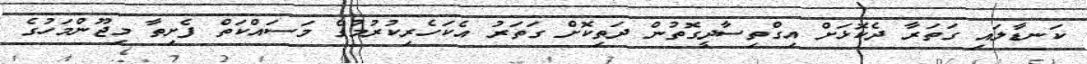
ކަނޑާލައި ގަތަރާ ދެކޮޅަށް އިގްތިސާދީގޮތުން ދަތިކޮށް ގަތަރު އެކަހެރިކުރުމުގެ މަސައްކަތް ފެށިތާ މިޖޫންމަހުގެ